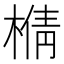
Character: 𰘍